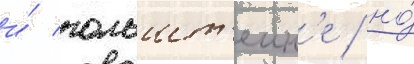
и́ гольшт'еин'е / но́